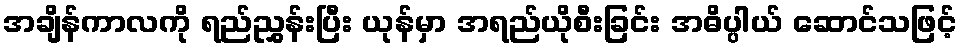
အချိန်ကာလကို ရည်ညွှန်းပြီး ယုန်မှာ အရည်ယိုစီးခြင်း အဓိပ္ပါယ် ဆောင်သဖြင့်